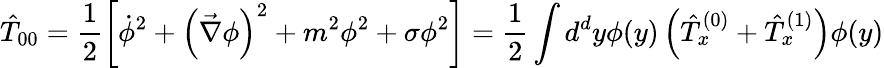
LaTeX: \hat{T}_{00}=\frac{1}{2}\left[\dot{\phi}^{2}+\left(\vec{\nabla}\phi\right)^{2}+m^{2}\phi^{2}+\sigma\phi^{2}\right]=\frac{1}{2}\int d^{d}y\phi(y)\left(\hat{T}_{x}^{(0)}+\hat{T}_{x}^{(1)}\right)\phi(y)